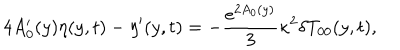
LaTeX: 4 A _ { 0 } ^ { \prime } ( y ) \eta ( y , t ) - \eta ^ { \prime } ( y , t ) = - \frac { e ^ { 2 A _ { 0 } ( y ) } } { 3 } \kappa ^ { 2 } \delta T _ { 0 0 } ( y , t ) ,